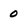
Character: 0